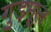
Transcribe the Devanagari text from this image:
गुड़मूल